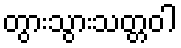
တွားသွားသတ္တဝါ